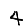
Digit: 4